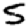
Digit: 5